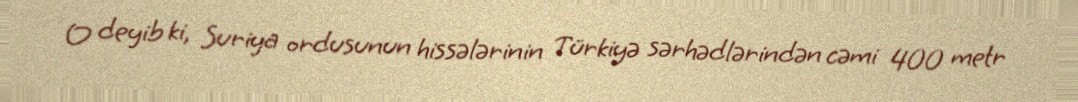
O deyib ki, Suriya ordusunun hissələrinin Türkiyə sərhədlərindən cəmi 400 metr